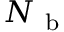
N _ { \mathrm { ~ b ~ } }